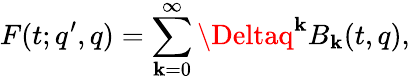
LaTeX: F(t;q^{\prime},q)=\sum_{\mathbf{k}=0}^{\infty}\Deltaq^{\mathbf{k}}B_{\mathbf{k}}(t,q),